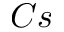
C s